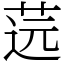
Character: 䓕